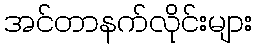
အင်တာနက်လိုင်းများ